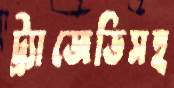
ট্র্যাজেডিসহ